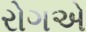
રોગએ